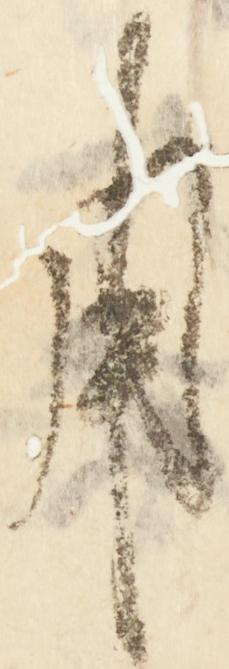
用